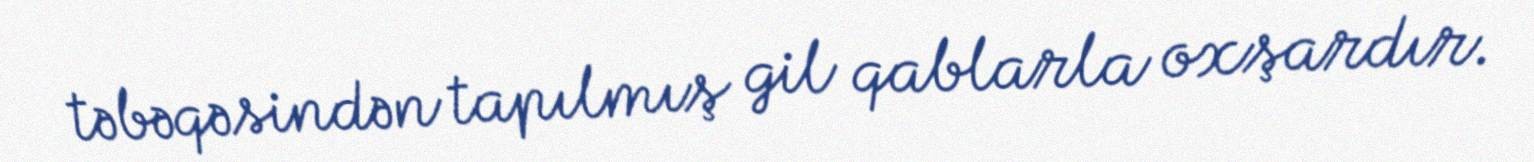
təbəqəsindən tapılmış gil qablarla oxşardır.